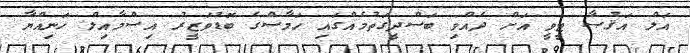
އަލް އަޤުޞާ ޓީވީ އަށް ދެއްވި ބަސްދީގަތުމެއްގައި ހަމާސްގެ ބޮޑުވަޒީރު އިސްމާއިލް ހަނިއްޔާ